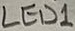
Text: LED1